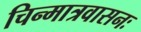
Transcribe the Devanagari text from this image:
चिन्मात्रवासनः